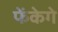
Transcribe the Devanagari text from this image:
फेंकेगे